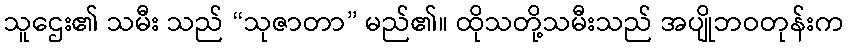
သူဌေး၏ သမီး သည် “သုဇာတာ” မည်၏။ ထိုသတို့သမီးသည် အပျိုဘဝတုန်းက